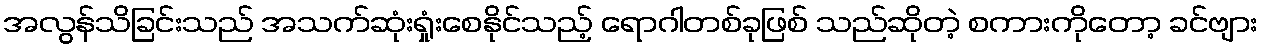
အလွန်သိခြင်းသည် အသက်ဆုံးရှုံးစေနိုင်သည့် ရောဂါတစ်ခုဖြစ် သည်ဆိုတဲ့ စကားကိုတော့ ခင်ဗျား